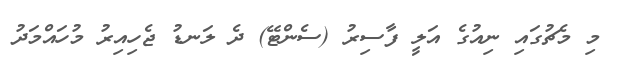
މި މެޗުގައި ނިއުގެ އަލީ ފާސިރު (ސެންޓޭ) ދެ ލަނޑު ޖެހިއިރު މުހައްމަދު